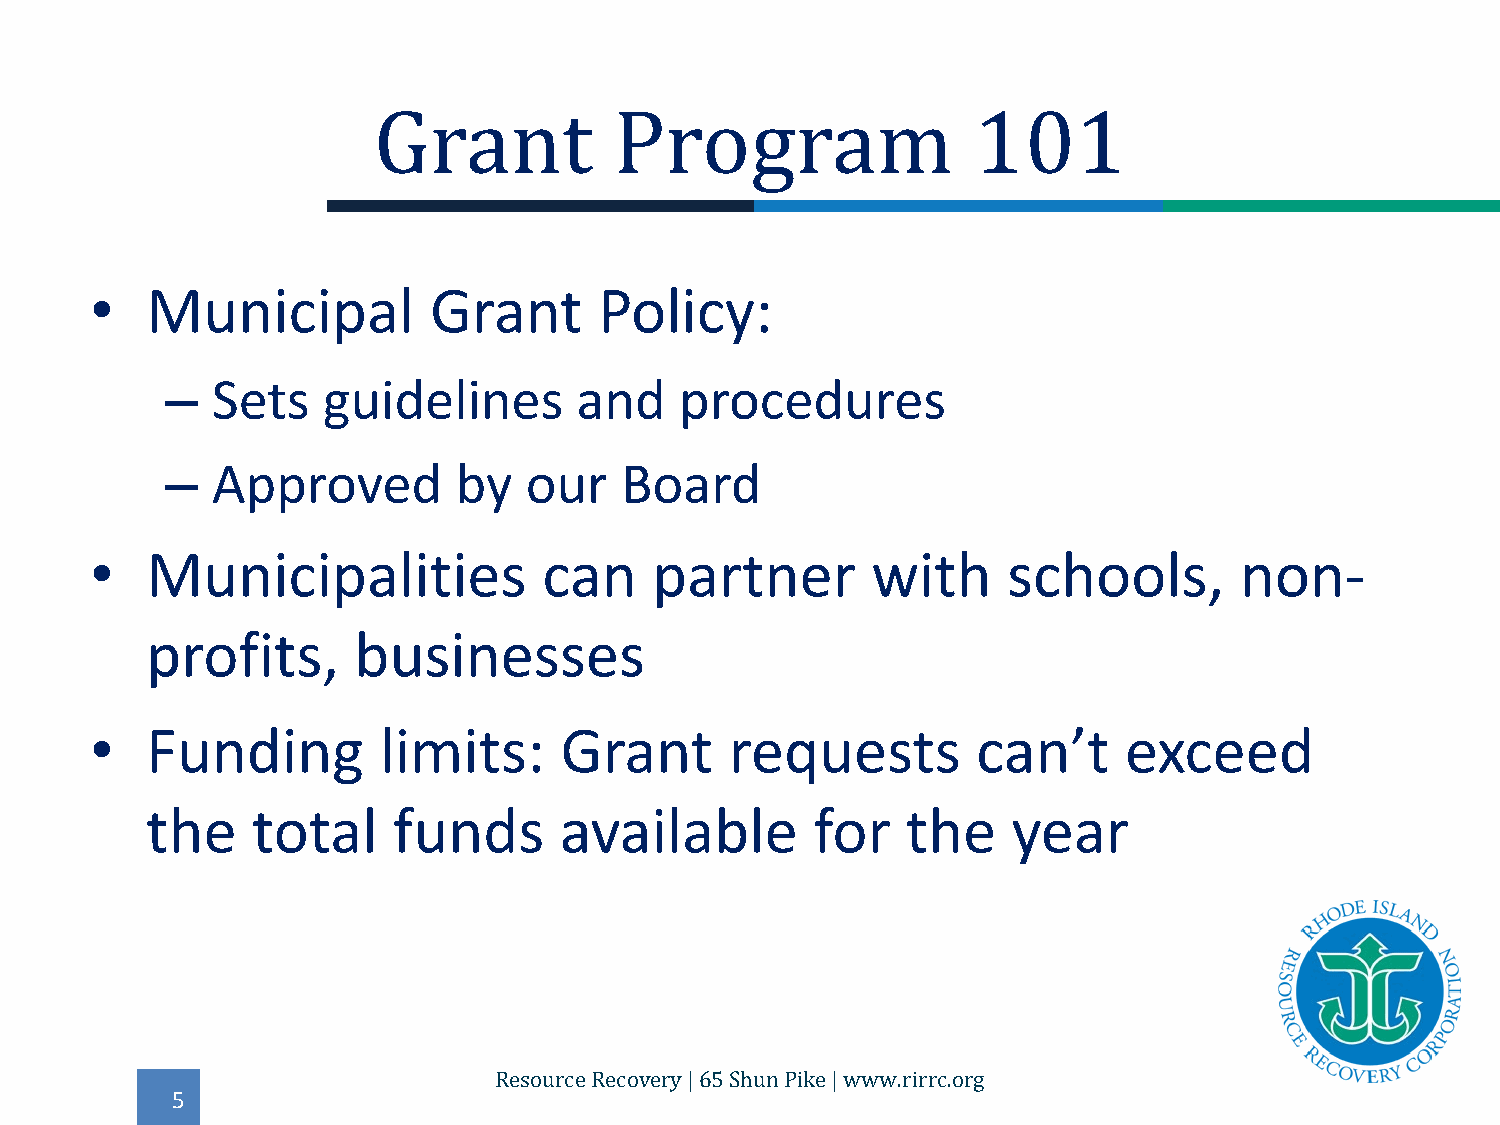
•   Municipal         Grant       Policy:
 Grant           Program                101
 –  Sets   guidelines       and    procedures
 –  Approved        by   our   Board
 •   Municipalities            can    partner        with     schools,       non-
 profits,     businesses
 •   Funding        limits:     Grant      requests         can’t    exceed
 the    total    funds      available        for   the    year
 5
 Resource Recovery | 65 Shun Pike | www.rirrc.org